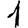
Digit: 1